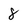
Character: 8